Calcutta medical institutions reports 1892-1900
Year: 1892
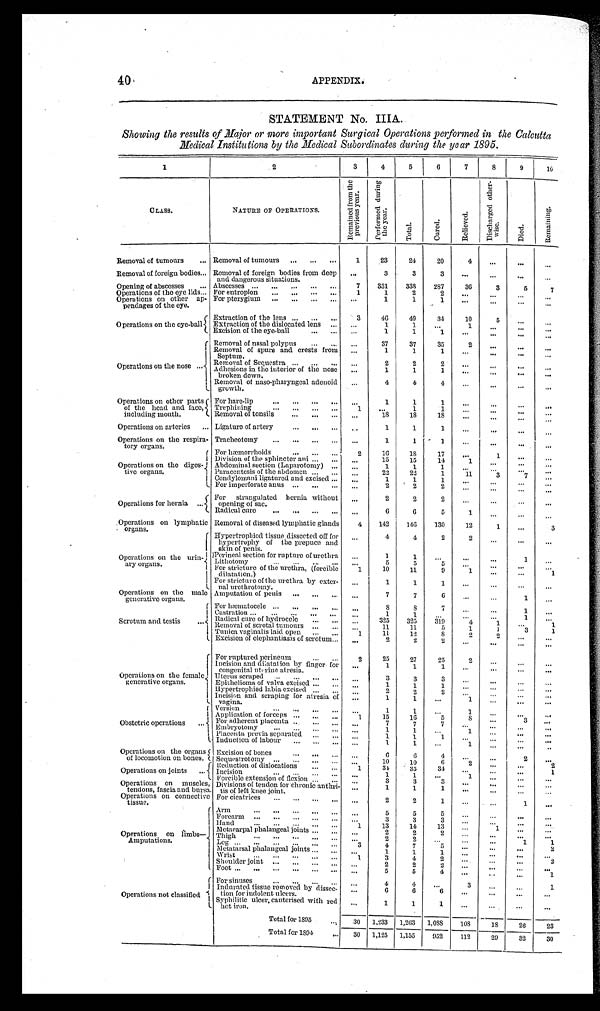
40
APPENDIX.
STATEMENT No. IIIA.
Showing the results of Major or more important Surgical Operations performed in the Calcutta
Medical Institutions by the Medical Subordinates during the year 1895.
1
2
3
4
5
6
7
8
9
10
CLASS.
N A T U R E O F O P E R A T I O N S .
R e m a i n e d f r o m t h e p r e v i o u s y e a r .
P e r f o r m e d d u r i n g t h e y e a r .
T o t a l .
C u r e d .
R e l i e v e d .
D i s c h a r g e d o t h e r - w i s e .
D i e d .
R e m a i n i n g .
Removal of tumours . . . Removal of tumours . . .
1
23
24
20
4
. . .
. . .
. . .
Removal of foreign bodies . . . Removal of foreign bodies from deep
and dangerous situations.
. . .
3
3
3
. . .
. . .
. . .
. . .
Opening of abscesses . . . Abscesses . . .
7
331
338
287
36
3
5
7
Operations of the eye lids . . . For entropion . . .
1
1
2
2
. . .
. . .
. . .
. . .
Operations on other ap-
pendages of the eye.
For pterygium . . .
. . .
1
1
1
. . .
. . .
. . .
. . .
Operations on the eye-ball.
Extraction of the lens . . .
3
46
49
34
10
5
. . .
. . .
Extraction of the dislocated lens . . .
. . .
1
1
. . .
1
. . .
. . .
. . .
Excision of the eye-ball . . .
. . .
1
1
1
. . .
. . .
. . .
. . .
Operations on the nose
Removal of nasal polypus . . .
. . .
37
37
35
2
. . .
. . .
. . .
Removal of spurs and crests from
Septum.
. . .
1
1
1
. . .
. . .
. . .
. . .
Removal of Sequestra . . .
. . .
2
2
2
. . . . . .
. . .
. . .
Adhesions in the interior of the nose
broken down.
. . .
1
1
1
. . .
. . .
. . .
. . .
Removal of naso-pharyngeal adenoid
growth.
. . .
4
4
4
. . .
. . .
. . .
. . .
Operations on other parts-
of the head and face,
including mouth.
For hare-lip . . .
. . .
1
1
1
. . .
. . .
. . .
. . .
Trephining . . .
1
. . .
1
1
. . .
. . .
. . .
. . .
Removal of tonsils . . .
. . .
18
18
18
. . . . . .
. . .
. . .
Operations on arteries . . . Ligature of artery . . .
. . .
1
1
1
. . .
. . .
. . .
. . .
Operations on the respire-
tory organs.
Tracheotomy . . .
. . .
1
1
1
. . .
. . .
. . .
. . .
For hæmorrhoids . . .
2
16
18
17
. . .
1
. . .
. . .
O p e r a t i o n s o n t h e d i g e s -
tive organs.
Division of the sphincter ani . . . . . .
15
15
14
1
. . .
. . .
. . .
Abdominal section (Laparotomy) . . .
. . .
1
1
. . .
. . .
. . .
. . .
Paracentesis of the abdomen . . .
. . .
22
22
1
11
3
7
. . .
Condylomani ligatured and excised . . .
. . .
1
1
1
. . .
. . .
. . .
. . .
For imperforate anus . . .
. . .
2
2
2
. . .
. . .
. . .
. . .
Operations for hernia . . .
For strangulated hernia without
opening of sac.
. . .
2
2
2
. . .
. . .
. . .
. . .
Radical cure . . .
. . .
6
6
5
1
. . .
. . .
. . .
Operations on lymphatic
organs.
Removal of diseased lymphatic glands
4
142
146
130
12
1
. . .
3
Hypertrophiod tissue dissected off for
hypertrophy of the prepuce and
skin of penis.
. . .
4
4
2
2
. . .
. . .
. . .
Operations on the urin-
ary organs.
Perineal section for rupture of urethra
. . .
1
1
. . .
. . .
. . .
1
. . .
Lithotomy . . .
. . .
5
5
5
. . .
. . .
. . .
. . .
For stricture of the urethra, (forcible
dilatation.)
1
10
11
9
1
. . .
. . .
1
For stricture of the urethra by exter-
nal urethrotomy.
. . .
1
1
1
. . .
. . .
. . .
. . .
Operations on the male
generative organs.
Amputation of penis . . .
. . .
7
7
6
. . .
. . .
1
. . .
For hæmatocele . . .
. . .
8
8
7
. . .
. . .
1
. . .
Scrotum and testis . . .
Castration . . .
1
1
. . .
. . .
. . .
. . .
1
. . .
Radical cure of hydrocele . . .
3 2 5
3 2 5
. . .
319
4 1
. . .
. . .
Removal of scrotal tumours . . .
11
11
5
1
1
3
1
Tunica vaginalis laid open . . .
1
11
12
8
2 2
. . .
. . .
Excision of elephantiasis of scrotum . . .
. . .
2
2
2
. . .
. . .
. . .
. . .
Operations on the female
generative organs.
For ruptured perinenm . . .
2
25
27
25
2
. . .
. . .
. . .
Incision and dilatation by finger for
congenital uterine atresia.
1
. . .
1
1
. . .
. . .
. . .
. . .
Uterus scraped . . .
. . .
3
3
3
. . .
. . .
. . .
. . .
Epithelioma of valva excised . . .
. . .
1
1
1
. . .
. . .
. . .
. . .
Hypertrophied labia excised . . .
2
2
2
. . .
. . .
. . .
. . .
. . .
Incision and scraping for atresia of
vagina.
1
. . .
. . .
1
1
. . .
. . .
. . .
Obstetric operations . . .
Version . . .
1
1
. . .
1
. . .
. . .
. . .
Application of forceps . . .
1
15
16
5
8 . . .
3
. . .
F o r a d h e r e n t p l a c e n t a . . .
7
7
7
. . .
. . .
. . .
. . .
E m b r y o t o m y . . .
. . .
1
1
. . .
1
. . .
. . .
. . .
Placenta previa separated . . .
1
. . .
1
. . .
1
. . .
. . .
. . .
Induction of labour . . .
. . .
1
1
. . .
1 . . .
. . .
. . .
Operations on the organs
of locomotion on bones.
Excision of bones . . .
. . .
6
6
4
. . .
. . .
2
. . .
Sequestrotomy . . .
. . .
10
10
6
2
. . . . . .
2
Operations on joints . . .
I Reduction of dislocations . . .
1
34
35
3 4
. . .
. . .
. . .
1
_
Incision . . .
. . .
1
. . .
1
1
. . .
. . .
. . .
F o r c i b l e e x t e n s i o n o f f l e x i o n . . .
. . .
3
3
3
. . .
. . .
. . .
. . .
Operations on muscles,
tendons, fescia and bursa.
Operations on connective
tissue.
Divisions of tendon for chronic anthri-
tis of left knee joint.
. . .
1
1
1
. . .
. . .
. . .
. . .
For cicatrices . . .
. . .
2
2
1
. . .
. . .
1
. . .
Operations on limbs—
Amputations.
Arm
.
.
.
. . .
5
5
5
. . .
. . .
. . .
. . .
Focarm . . .
. . .
3
3
3
. . .
. . .
. . .
. . .
Hand . . .
1
13
14
13
. . .
1
. . .
. . .
Metacarpal phalangeal joints . . .
. . .
2
2
2
. . .
. . .
. . .
. . .
Thigh . . .
. . .
2
2
. . .
. . .
. . .
1
1
3
4
7
5
. . .
. . .
. . .
2
Metatarsal phalangeal joints. . .
. . .
1
1
1
. . .
. . .
. . .
. . .
W r i s t . . .
1
3
4
2
. . .
. . .
. . .
2
Shoulder joint . . .
. . .
2
2
2
. . .
. . .
. . .
. . .
Foot . . .
. . .
5
5
4
. . .
. . .
. . .
1
Operations not classified
For sinuses . . .
. . .
4
4
. . .
3 . . .
. . .
1
Indurated tissue removed by dissec-
tion for indolent ulcers.
. . .
6
6
6
. . .
. . .
. . .
. . .
Syphilitic ulcer, cauterised with red
hot iron.
. . .
1
1
1
. . .
. . .
. . .
. . .
Total for 1895 . . .
30
1,233
1,263
1,088
108
18
26
23
Total for 1894 . . .
30
1,125
1,155
952
112
29
32
30